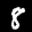
Label: 8